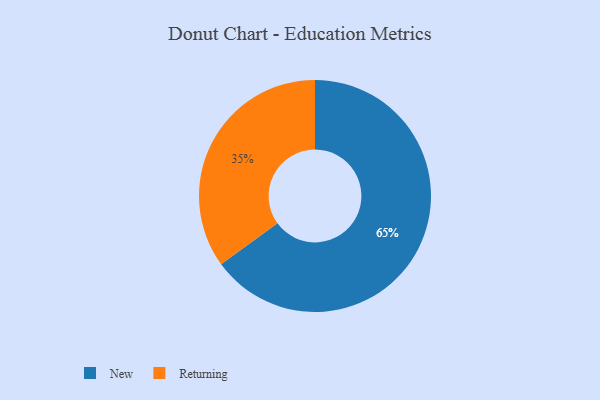
{"axis": {"x": "Category", "y": "Percentage"}, "legend": ["New", "Returning"], "data": [{"x": "New", "y": 65, "type": "New"}, {"x": "Returning", "y": 35, "type": "Returning"}]}